Vital statistics of India. Vol. IV, Annual returns from 1871 to 1876. British Army of India, Native Army and jails of Bengal
Year: 1871
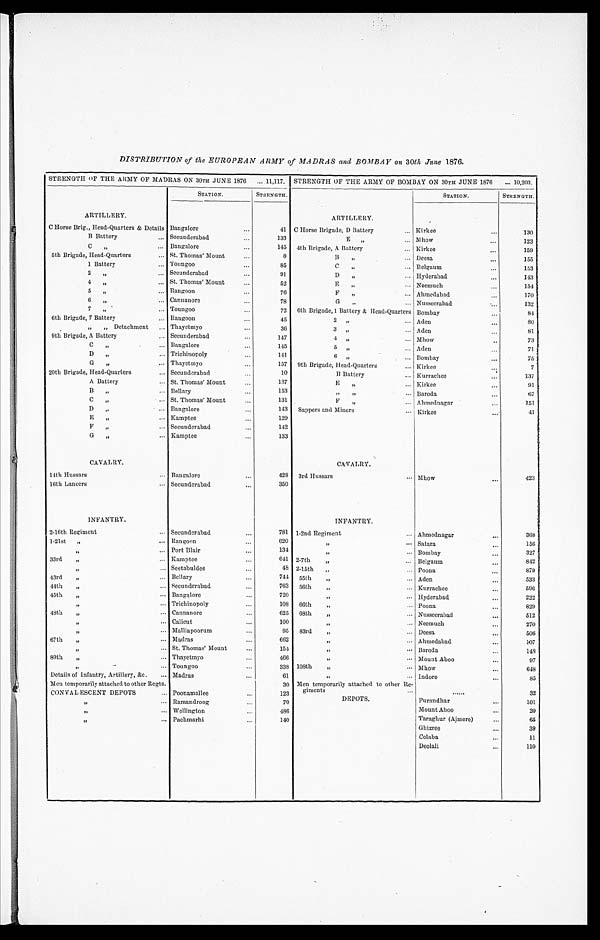
DISTRIBUTION of the EUROPEAN ARMY of MADRAS and BOMBAY on 30th June 1876.
STRENGTH OF THE ARMY OF MADRAS ON 30TH JUNE 1876
11,117. STRENGTH OF THE ARMY OF BOMBAY ON 30TH JUNE 1876
1 0 , 2 0 3
STATION.
STRENGTH.
STATION.
STRENGTH.
ARTILLERY.
ARTILLERY.
C Horse Brig., Head-Quarters & Details Bangalore
41 C Horse Brigade, D Battery Kirkee
130
B Battery
Secunderabad
133
E " Mhow
123
C " Bangalore
145 4th Brigade, A Battery
Kirkee
159
5th Brigade, Head-Quarters
St. Thomas' Mount
8
B " Deesa
155
1 Battery
Toungoo
85
C " Belgaum
153
2 " Secunderabad
91
D " Hyderabad
143
4 " St. Thomas' Mount
52
E " Neemuch
154
5 " Rangoon
76
F " Ahmedabad
170
6 " Cannanore
78
G " Nusseerabad
132
7 " Toungoo
72 6th Brigade,1 Battery & Head-Quarters Bombay
8 4
6th Brigade, 7 Battery
Rangoon
45
2 " Aden
80
" " Detachment
Thayetmyo
36
3 " Aden
81
9th Brigade, A Battery
Secunderabad
147
4 " Mhow
7 3
C " Bangalore
145
5 " Aden
71
D " Trichinopoly
141
6 " Bombay
75
G " Thayetmyo
157 9th Brigade, Head-Quarters
Kirkee
7
20th Brigade, Head-Quarters
Secunderabad
10
B Battery
Kurrachee
137
A Battery
St. Thomas' Mount
137
E " Kirkee
91
B " Bellary
153
" " Baroda
67
C " St. Thomas' Mount
131
F " Ahmednagar
151
D " Bangalore
143 Sappers and Miners
Kirkee
41
E " Kamptee
129
F " Secunderabad
142
G " Kamptee
133
CAVALRY.
CAVALRY.
14th Hussars
Bangalore
428 3rd Hussars
Mhow
423
16th Lancers
Secunderabad
350
INFANTRY.
INFANTRY.
2-16th Regiment
Secunderabad
781 1-2nd Regiment
Ahmednagar
368
1-21st " Rangoon
620
" Satara
156
" Port Blair
134
" Bombay
327
3 3 r d "
Kamptee
641 2-7th " Belgaum
842
" Seetabuldee
48 2-15th " Poona
879
43rd " Bellary
744 55th " Aden
5 3 3
44th " Secunderabad
763 56th " Kurrachee
596
45th " Bangalore
720
" Hyderabad
222
" Trichinopoly
108 66th " Poona
829
48th " Cannanore
625 68th " Nusseerabad
512
" Calicut
100
" Neemuch
270
" Malliapoorum
95 83rd " Deesa
506
67th " Madras
662
" Ahmedabad
107
" St. Thomas' Mount
154
" Baroda
148
89th " Thayetmyo
466
" Mount Aboo
97
" Toungoo
338 108th " Mhow
648
Details of Infantry, Artillery, &c. Madras
61
" Indore
85
Men temporarily attached to other Regts.
30 Men temporarily attached to other Re-
giments
3 2
C O N V A L E S C E N T D E P O T S Poonamallee
123
" Ramandroog
70
DEPOTS.
Purandhar
1 0 1
" Wellington
486
Mount Aboo
2 0
" Pachmarhi
140
T a r a g h u r ( Aj me r e )
6 5
Ghizree
39
Colaba
11
Deolali
110